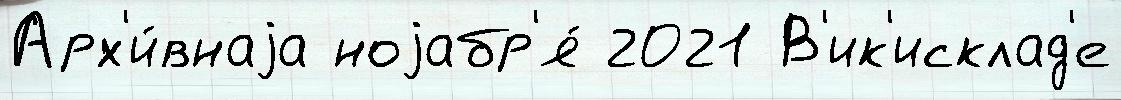
Арх'и́внаjа ноjабр'я́ 2021 В'ик'исклад'е